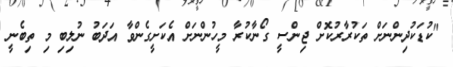
"ކުޑަކުދިންނަށް ތަކުރާރުކޮށް ޖިންސީ ގޯނާކުރާ މީހުންނަށް އެކަށީގެންވާ އަދަބު ނުލިބި މި ތިބެނީީ